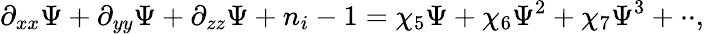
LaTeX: \partial_{xx}\Psi+\partial_{yy}\Psi+\partial_{zz}\Psi+n_{i}-1=\chi_{5}\Psi+\chi_{6}\Psi^{2}+\chi_{7}\Psi^{3}+\cdot\cdot,